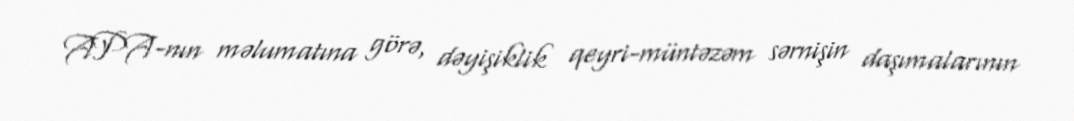
APA-nın məlumatına görə, dəyişiklik qeyri-müntəzəm sərnişin daşımalarının